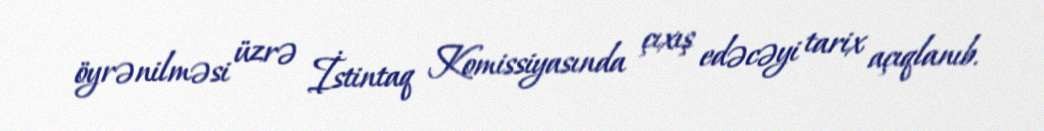
öyrənilməsi üzrə İstintaq Komissiyasında çıxış edəcəyi tarix açıqlanıb.